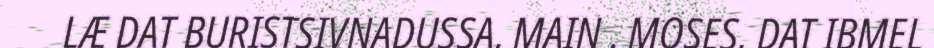
LÆ DAT BURISTSIVNADUSSA, MAIN . MOSES, DAT IBMEL